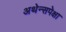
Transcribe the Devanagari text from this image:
अथेन्सपेक्षा